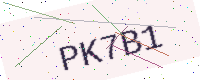
Text: PK7B1